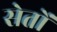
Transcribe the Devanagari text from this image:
सेतों